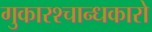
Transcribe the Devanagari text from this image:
गुकारश्चान्धकारो